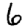
Digit: 6